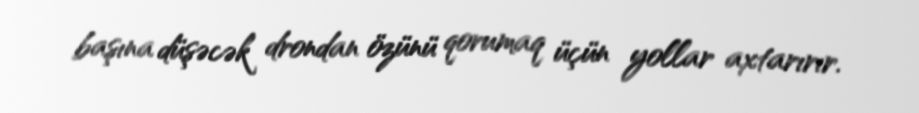
başına düşəcək drondan özünü qorumaq üçün yollar axtarırır.